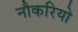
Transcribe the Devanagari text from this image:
नौकरियो